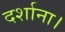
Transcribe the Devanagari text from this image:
दर्शाना।